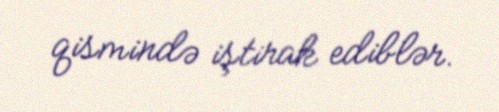
qismində iştirak ediblər.